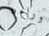
وراءه